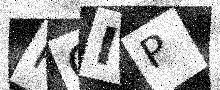
Text: POIP